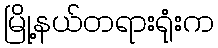
မြို့နယ်တရားရုံးက